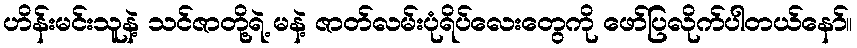
ဟိန်းမင်းသူနဲ့ သင်ဇာတို့ရဲ့ မနဲ့ ဇာတ်လမ်းပုံရိပ်လေးတွေကို ဖော်ပြလိုက်ပါတယ်နော်။